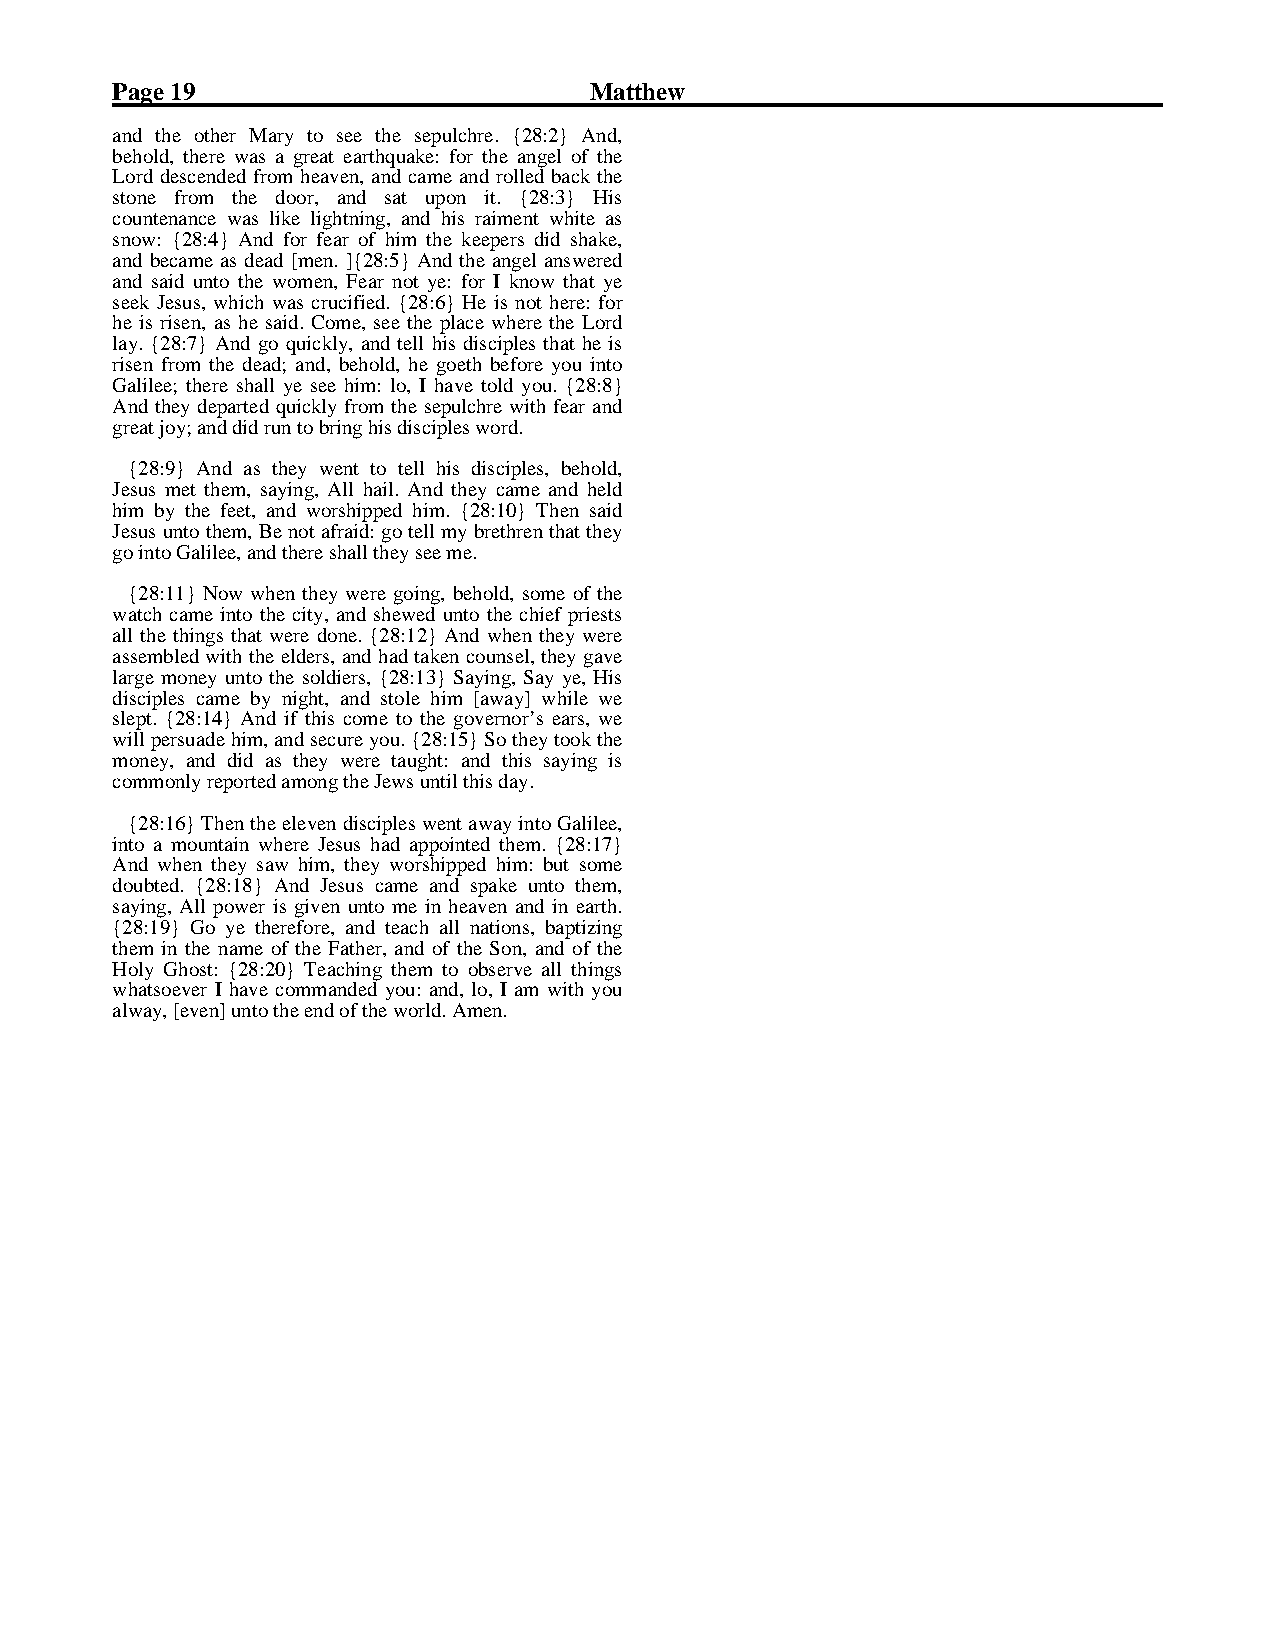
Page 19                         Matthew
 and the other Mary to see the sepulchre. {28:2} And,behold, there was a great earthquake: for the angel of theLord descended from heaven, and came and rolled back thestone from the door, and sat upon it. {28:3} Hiscountenance was like lightning, and his raiment white assnow: {28:4} And for fear of him the keepers did shake,and became as dead [men. ]{28:5} And the angel answeredand said unto the women, Fear not ye: for I know that yeseek Jesus, which was crucified. {28:6} He is not here: forhe is risen, as he said. Come, see the place where the Lordlay. {28:7} And go quickly, and tell his disciples that he isrisen from the dead; and, behold, he goeth before you intoGalilee; there shall ye see him: lo, I have told you. {28:8}And they departed quickly from the sepulchre with fear and
 great joy; and did run to bring his disciples word.
 Je{su2s8 :9m}e t Athnedm a, ss atyhienyg ,w Aelnlt htaoi l.t eAlln dh itsh edyis cciapmlees ,a nbde hhoelldd,him by the feet, and worshipped him. {28:10} Then saidJesus unto them, Be not afraid: go tell my brethren that they
 go into Galilee, and there shall they see me.
 wa{t2c8h: 1c1a}m Ne oinwto w thheen c itthye,y a nwde rseh egwoiendg ,u bnetoh othlde, cshoimefe porfi etshtesall the things that were done. {28:12} And when they wereassembled with the elders, and had taken counsel, they gavelarge money unto the soldiers, {28:13} Saying, Say ye, Hisdisciples came by night, and stole him [away] while weslept. {28:14} And if this come to the governor’s ears, wewill persuade him, and secure you. {28:15} So they took themoney, and did as they were taught: and this saying is
 commonly reported among the Jews until this day.
 in{to2 8a: 1m6}o uTnhtaeinn thweh eelreev eJens duiss chiapdle sa pwpeonint taewd atyh einmto. {G2a8l:i1le7e},And when they saw him, they worshipped him: but somedoubted. {28:18} And Jesus came and spake unto them,saying, All power is given unto me in heaven and in earth.{28:19} Go ye therefore, and teach all nations, baptizingthem in the name of the Father, and of the Son, and of theHoly Ghost: {28:20} Teaching them to observe all thingswhatsoever I have commanded you: and, lo, I am with you
 alway, [even] unto the end of the world. Amen.